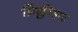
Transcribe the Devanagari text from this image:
प्रिक्लीहाट